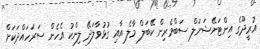
އުރީދޫގެ އިންޓަނޭޝަނަލް ސަބްމެރިން ކޭބަލް މާލެ އާއި ގުޅުވާލަދޭ ލިންކު އެހެން ސަރަހައްދަކަށް